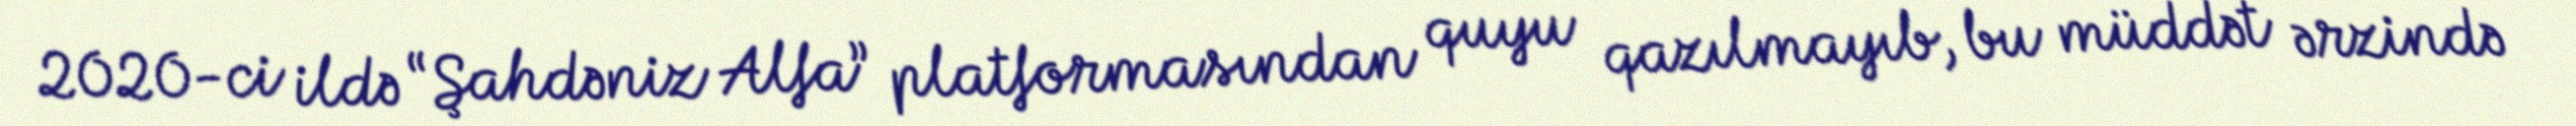
2020-ci ildə “Şahdəniz Alfa” platformasından quyu qazılmayıb, bu müddət ərzində